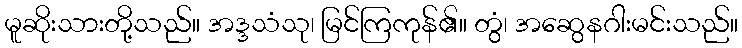
မူဆိုးသားတို့သည်။ အဒ္ဒသံသု၊ မြင်ကြကုန်၏။ တွံ၊ အဆွေနဂါးမင်းသည်။